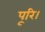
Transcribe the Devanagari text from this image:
पूरि।